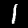
Digit: 1